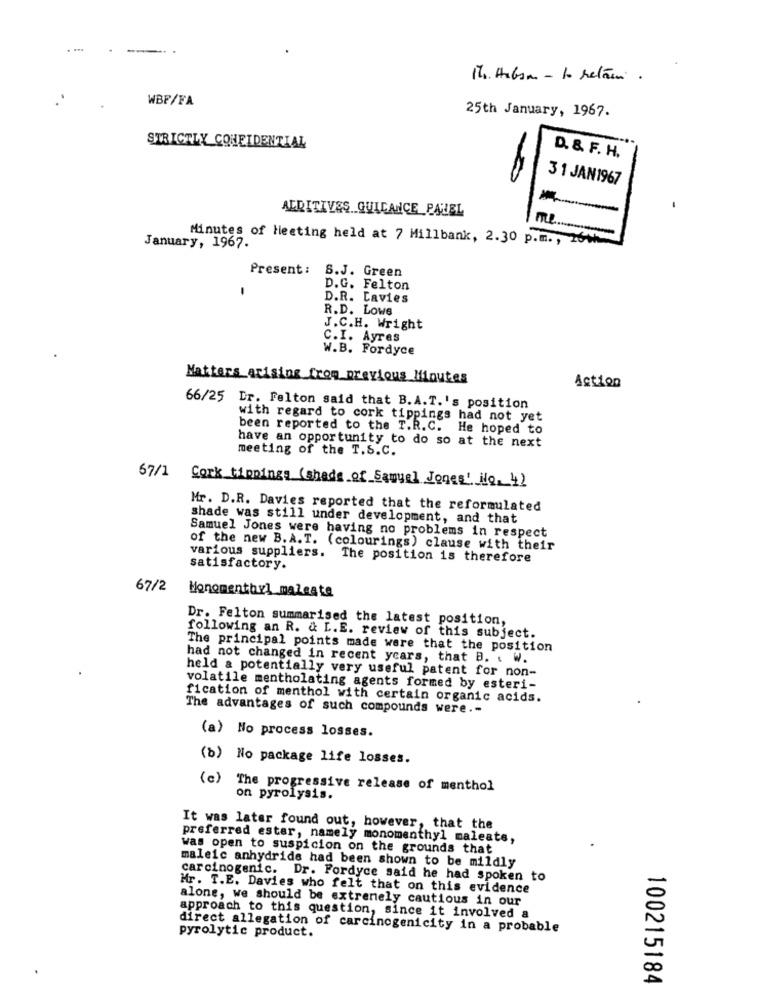
Ma. Hubsa - 10 Metrii .
WBF/FA
25th January, 1967.
STRICTLY CONFIDENTIAL
D. &. F. H.
31 JAN1967
ADDITIVES GUIDANCE PANEL
ML ..
-
Minutes of Meeting held at 7 Millbank, 2.30 p.m ., 20th
January, 1967.
Present: S.J. Green
D.G. Felton
D.R. Lavies
R.D. LOWe
J.C.H. Wright
C.I. Ayres
W.B. Fordyce
Matters arising from previous Minutes
Action
66/25 Dr. Felton said that B.A.T.'s position
with regard to cork tippings had not yet
been reported to the T.R.C. He hoped to
have an opportunity to do so at the next
meeting of the T.S.C.
67/1 Cork tippings (shade of Samuel Jones' ilo. 4)
Mr. D.R. Davies reported that the reformulated
shade was still under development, and that
Samuel Jones were having no problems in respect
of the new B. A. T. (colourings) clause with their
various suppliers. The position is therefore
satisfactory.
67/2
Monomenthyl malcata
Dr. Felton summarised the latest position,
following an R. & L.E. review of this subject.
The principal points made were that the position
had not changed in recent years, that B. . W.
held a potentially very useful patent for non-
volatile mentholating agents formed by esteri-
fication of menthol with certain organic acids.
The advantages of such compounds were .-
(a) No process losses.
(b) No package life losses.
(c) The progressive release of menthol
on pyrolysis.
It was later found out, however, that the
preferred estar, namely monomenthyl maleate,
was open to suspicion on the grounds that
maleic anhydride had been shown to be mildly
carcinogenic. Dr. Fordyce said he had spoken to
Mr. T.E. Davies who felt that on this evidence
alone, we should be extremely cautious in our
approach to this question, since it involved a
pyrolytic product.
direct allegation of carcinogenicity in a probable
100215184